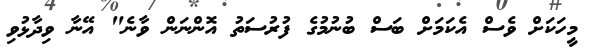
މީހަކަށް ވެސް އެކަމަށް ބަސް ބުނުމުގެ ފުރުސަތު އޮންނަން ވާނެ" އޭނާ ވިދާޅުވި